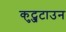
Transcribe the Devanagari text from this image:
कुट्जटाउन